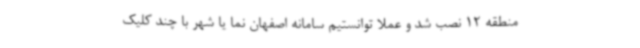
منطقه 12 نصب شد و عملا توانستیم سامانه اصفهان نما یا شهر با چند کلیک